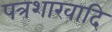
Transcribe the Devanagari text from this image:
पत्रशाखादि